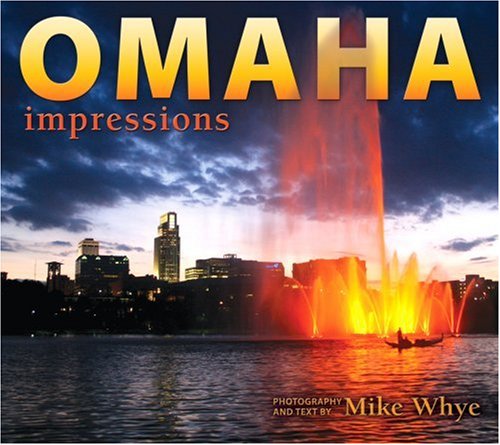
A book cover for Omaha Impressions (Impressions (Farcountry Press)); photography by Mike Whye; Travel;